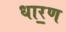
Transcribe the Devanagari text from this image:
धार॒ण